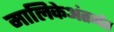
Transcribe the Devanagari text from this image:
मालिकेअंतर्गत